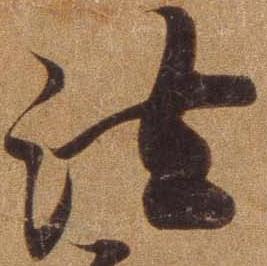
法